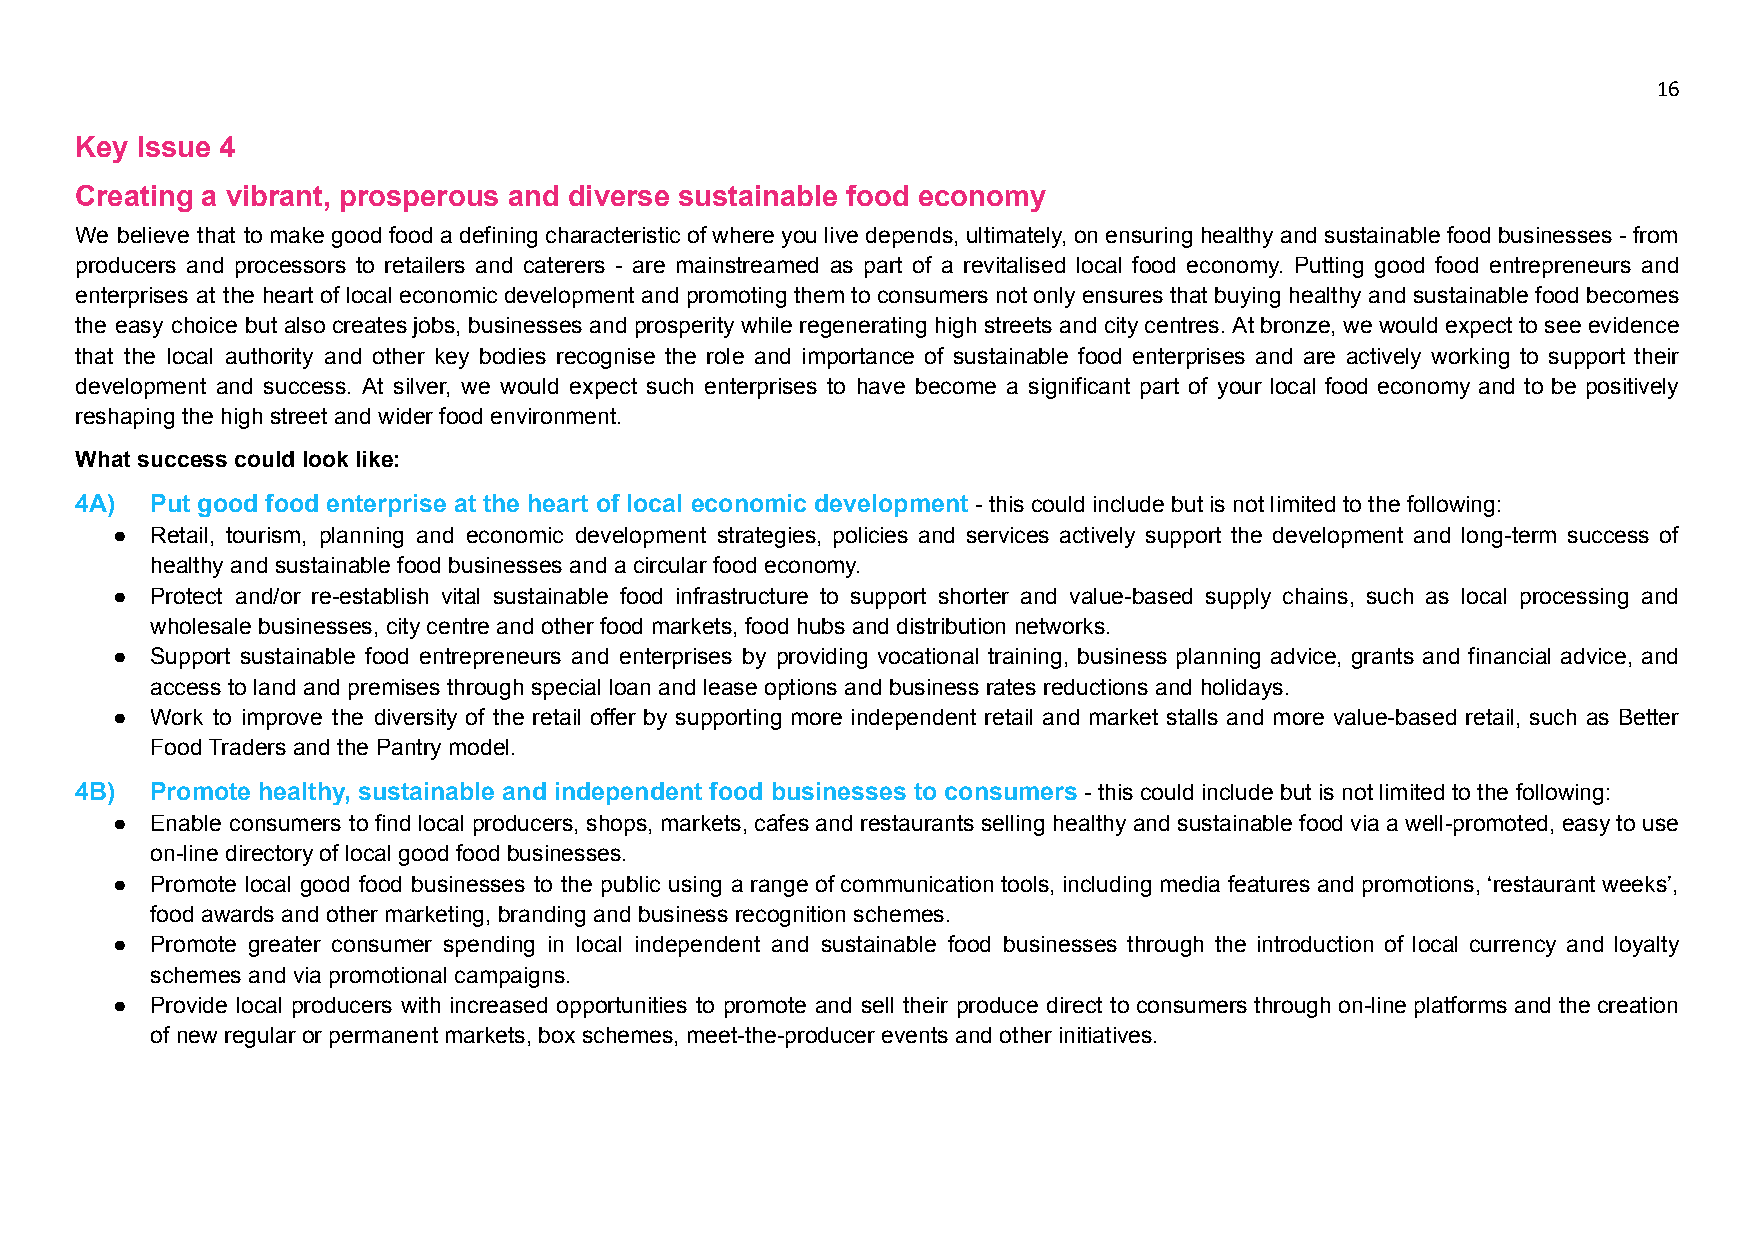
16
 Key Issue 4
 Creating a vibrant, prosperous and diverse sustainable food economy
 We believe that to make good food a defining characteristic of where you live depends, ultimately, on ensuring healthy and sustainable food businesses - from
 producers and processors to retailers and caterers - are mainstreamed as part of a revitalised local food economy. Putting good food entrepreneurs and
 enterprises at the heart of local economic development and promoting them to consumers not only ensures that buying healthy and sustainable food becomes
 the easy choice but also creates jobs, businesses and prosperity while regenerating high streets and city centres. At bronze, we would expect to see evidence
 that the local authority and other key bodies recognise the role and importance of sustainable food enterprises and are actively working to support their
 development and success. At silver, we would expect such enterprises to have become a significant part of your local food economy and to be positively
 reshaping the high street and wider food environment.
 What success could look like:
 4A)  Put good food enterprise at the heart of local economic development - this could include but is not limited to the following:
 ●  Retail, tourism, planning and economic development strategies, policies and services actively support the development and long-term success of
 healthy and sustainable food businesses and a circular food economy.
 ●  Protect and/or re-establish vital sustainable food infrastructure to support shorter and value-based supply chains, such as local processing and
 wholesale businesses, city centre and other food markets, food hubs and distribution networks.
 ●  Support sustainable food entrepreneurs and enterprises by providing vocational training, business planning advice, grants and financial advice, and
 access to land and premises through special loan and lease options and business rates reductions and holidays.
 ●  Work to improve the diversity of the retail offer by supporting more independent retail and market stalls and more value-based retail, such as Better
 Food Traders and the Pantry model.
 4B)  Promote healthy, sustainable and independent food businesses to consumers- this could include but is not limited to the following:
 ●  Enable consumers to find local producers, shops, markets, cafes and restaurants selling healthy and sustainable food via a well-promoted, easy to use
 on-line directory of local good food businesses.
 ●  Promote local good food businesses to the public using a range of communication tools, including media features and promotions, ‘restaurant weeks’,
 food awards and other marketing, branding and business recognition schemes.
 ●  Promote greater consumer spending in local independent and sustainable food businesses through the introduction of local currency and loyalty
 schemes and via promotional campaigns.
 ●  Provide local producers with increased opportunities to promote and sell their produce direct to consumers through on-line platforms and the creation
 of new regular or permanent markets, box schemes, meet-the-producer events and other initiatives.